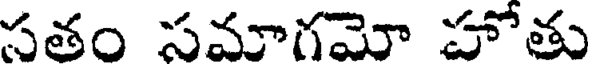
సతం సమాగమో హోతు